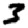
Digit: 3